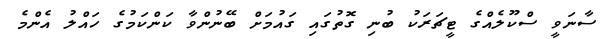
ސާނަވީ ސްކޫލެއްގެ ޓީޗަރަކު ބުނި ގޮތުގައި ގައުމަށް ބޭނުންވާ ކަންކަމުގެ ހައްލު އެންމެ